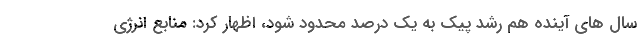
سال های آینده هم رشد پیک به یک درصد محدود شود، اظهار کرد: منابع انرژی